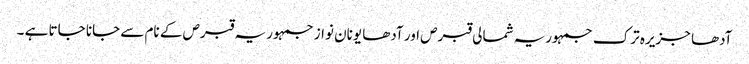
آدھا جزیرہ ترک جمہوریہ شمالی قبرص اور آدھا یونان نواز جمہوریہ قبرص کے نام سے جانا جاتا ہے ۔